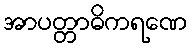
အာပတ္တာဓိကရဏေ